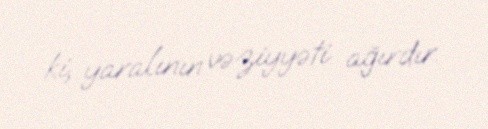
ki, yaralının vəziyyəti ağırdır.